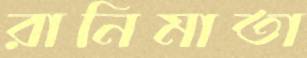
রানিমাতা